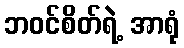
ဘဝင်စိတ်ရဲ့ အာရုံ